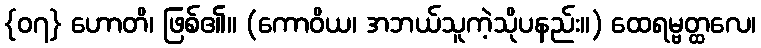
{၀၇} ဟောတိ၊ ဖြစ်၏။ (ကောဝိယ၊ အဘယ်သူကဲ့သိုပနည်း။) ထေရမ္ဗတ္ထလေ၊